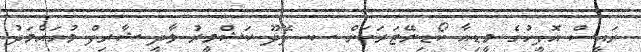
ރައީސް އޮފީހުގެ މީޑިއާ ކޯޑިނޭޓަރަކަށް ސ. ފޭދޫ ކަޝްމީރު ވާދީ ޝާރިފް މުހައްމަދު